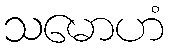
သမောဟံ